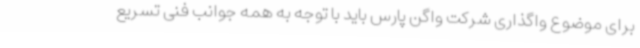
برای موضوع واگذاری شرکت واگن پارس باید با توجه به همه جوانب فنی تسریع